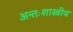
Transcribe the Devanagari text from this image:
अन्तःशास्त्रीय